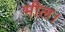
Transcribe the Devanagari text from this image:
भील।